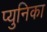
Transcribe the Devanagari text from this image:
प्युनिका